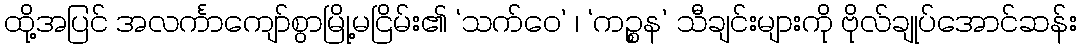
ထို့အပြင် အလင်္ကာကျော်စွာမြို့မငြိမ်း၏ ‘သက်ဝေ’ ၊ ‘ကဉ္စန’ သီချင်းများကို ဗိုလ်ချုပ်အောင်ဆန်း